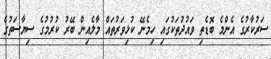
ސަރުކާރުގެ އެންމެ ބޮޑެތި ވައުދުތަކުގައި ހިމެނޭ ކުޅިވަރުތައް މާލެއިން ބޭރު ކުރުމުގެ ސިޔާސަތުގެ